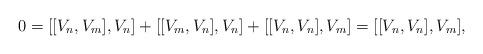
LaTeX: \begin{align*} 0 = [[V_n,V_m],V_n] + [[V_m,V_n],V_n] + [[V_n,V_n],V_m] = [[V_n,V_n],V_m], \end{align*}